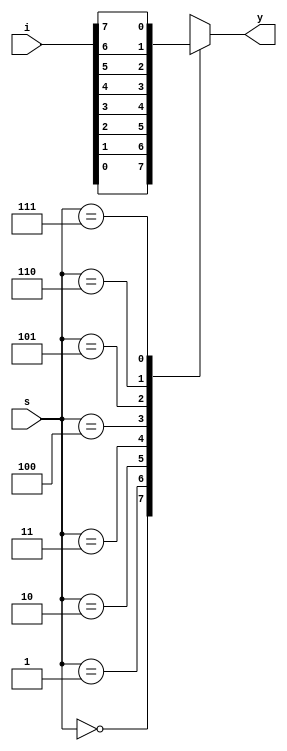
module mux8x1_bh(i,s,y);
input [7:0]i;
input [2:0]s;
output reg y;
always @(*)
begin
case(s)
3'b000: y <= i[0];
3'b001: y <= i[1];
3'b010: y <= i[2];
3'b011: y <= i[3];
3'b100: y <= i[4];
3'b101: y <= i[5];
3'b110: y <= i[6];
3'b111: y <= i[7];
endcase
end




endmodule